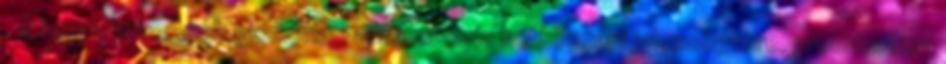
. A tanult ismeretek gyakorlati alkalmazása hétköznapi jelenségekre, problémákra